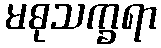
မဓုသက္ခရာ